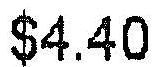
$4.40